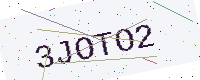
Text: 3JOTO2